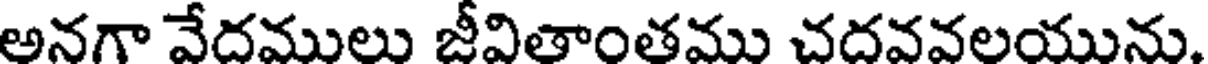
అనగా వేదములు జీవితాంతము చదవవలయును.